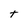
Character: t